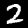
Digit: 2